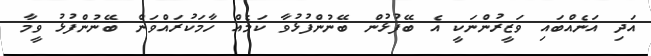
އަދި އަނެއްބައި ވަޒީރުންނަކީ އެ ބޭފުޅުން ބޭނުންފުޅުވާ ކަމެއް ހާމަކުރައްވަން ބޭނުންފުޅު ވީމާ